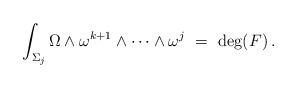
LaTeX: \begin{align*}\int_{\Sigma_j}\Omega\wedge\omega^{k+1}\wedge\cdots\wedge\omega^{j}\ =\ \deg(F)\,.\end{align*}